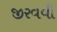
જીરવવી